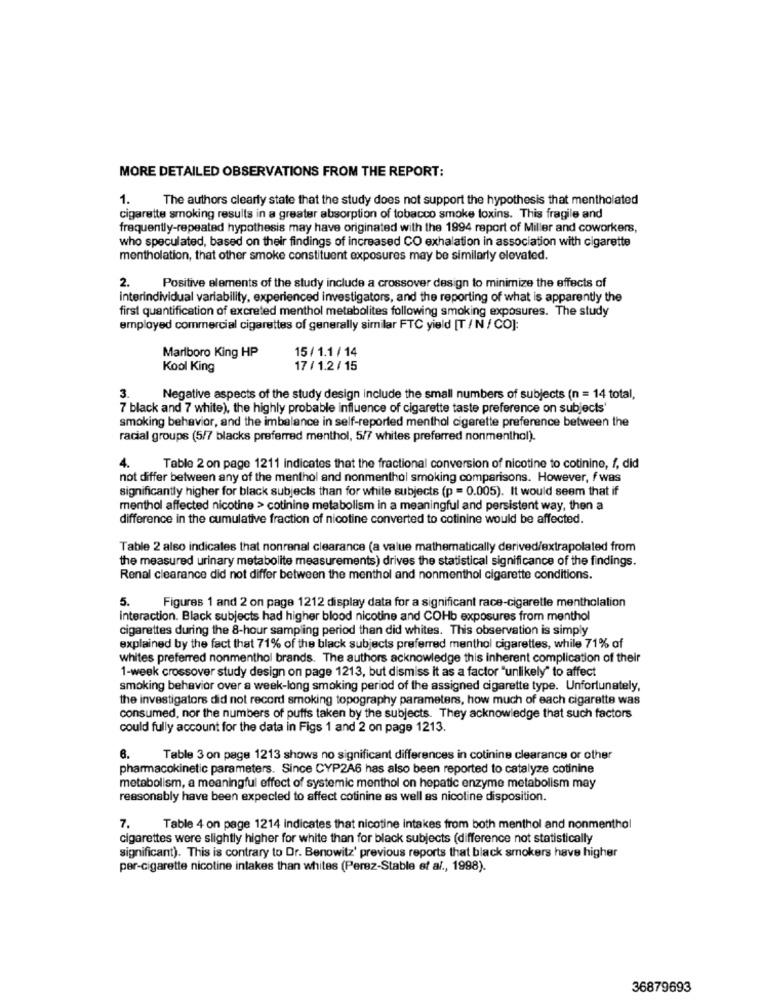
MORE DETAILED OBSERVATIONS FROM THE REPORT:
1.
The authors clearly state that the study does not support the hypothesis that mentholated
cigarette smoking results in a greater absorption of tobacco smoke toxins. This fragile and
frequently-repeated hypothesis may have originated with the 1994 report of Miller and coworkers,
who speculated, based on their findings of increased CO exhalation in association with cigarette
mentholation, that other smoke constituent exposures may be similarly elevated.
2. Positive elements of the study include a crossover design to minimize the effects of
interindividual variability, experienced investigators, and the reporting of what is apparently the
first quantification of excreted menthol metabolites following smoking exposures. The study
employed commercial cigarettes of generally similar FTC yield [T / N / CO]:
Marlboro King HP
15/ 1.1 / 14
Kool King
17 / 1.2 / 15
3.
Negative aspects of the study design include the small numbers of subjects (n = 14 total,
7 black and 7 white), the highly probable influence of cigarette taste preference on subjects'
smoking behavior, and the imbalance in self-reported menthol cigarette preference between the
racial groups (5/7 blacks preferred menthol, 5/7 whites preferred nonmenthol).
4.
Table 2 on page 1211 indicates that the fractional conversion of nicotine to cotinine, f, did
not differ between any of the menthol and nonmenthol smoking comparisons. However, fwas
significantly higher for black subjects than for white subjects (p = 0.005). It would seem that if
menthol affected nicotine > cotinine metabolism in a meaningful and persistent way, then a
difference in the cumulative fraction of nicotine converted to cotinine would be affected.
Table 2 also indicates that nonrenal clearance (a value mathematically derived/extrapolated from
the measured urinary metabolite measurements) drives the statistical significance of the findings.
Renal clearance did not differ between the menthol and nonmenthol cigarette conditions.
5.
Figures 1 and 2 on page 1212 display data for a significant race-cigarette mentholation
interaction. Black subjects had higher blood nicotine and COHb exposures from menthol
cigarettes during the 8-hour sampling period than did whites. This observation is simply
explained by the fact that 71% of the black subjects preferred menthol cigarettes, while 71% of
whites preferred nonmenthol brands. The authors acknowledge this inherent complication of their
1-week crossover study design on page 1213, but dismiss it as a factor "unlikely" to affect
smoking behavior over a week-long smoking period of the assigned cigarette type. Unfortunately,
the investigators did not record smoking topography parameters, how much of each cigarette was
consumed, nor the numbers of puffs taken by the subjects. They acknowledge that such factors
could fully account for the data in Figs 1 and 2 on page 1213.
8.
Table 3 on page 1213 shows no significant differences in cotinine clearance or other
pharmacokinetic parameters. Since CYP2A6 has also been reported to catalyze cotinine
metabolism, a meaningful effect of systemic menthol on hepatic enzyme metabolism may
reasonably have been expected to affect cotinine as well as nicotine disposition.
7.
Table 4 on page 1214 indicates that nicotine intakes from both menthol and nonmenthol
cigarettes were slightly higher for white than for black subjects (difference not statistically
significant). This is contrary to Dr. Benowitz' previous reports that black smokers have higher
per-cigarette nicotine intakes than whites (Perez-Stable et al ., 1998).
36879693